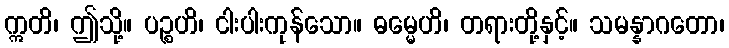
ဣတိ၊ ဤသို့။ ပဉ္စဟိ၊ ငါးပါးကုန်သော။ ဓမ္မေဟိ၊ တရားတို့နှင့်။ သမန္နာဂတော၊